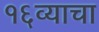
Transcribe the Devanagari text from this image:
१६व्याचा